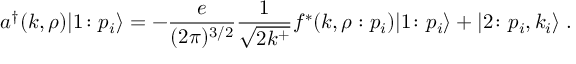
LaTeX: a ^ { \dagger } ( k , \rho ) \vert 1 \colon p _ { i } \rangle = - { \frac { e } { ( 2 \pi ) ^ { 3 / 2 } } } { \frac { 1 } { \sqrt { 2 k ^ { + } } } } f ^ { * } ( k , \rho : p _ { i } ) \vert 1 \colon p _ { i } \rangle + \vert 2 \colon p _ { i } , k _ { i } \rangle \; .